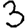
Digit: 3